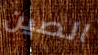
الصين